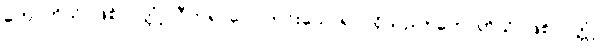
ဟောဟိသိ၊ ဖြစ်လတ္တံ့။ ဝီတရာဂေါ၊ ကင်းသောရာဂရှိသည်။ ဟောဟိသိ၊ ဖြစ်လတ္တံ့။